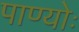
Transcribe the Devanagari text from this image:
पाण्योः